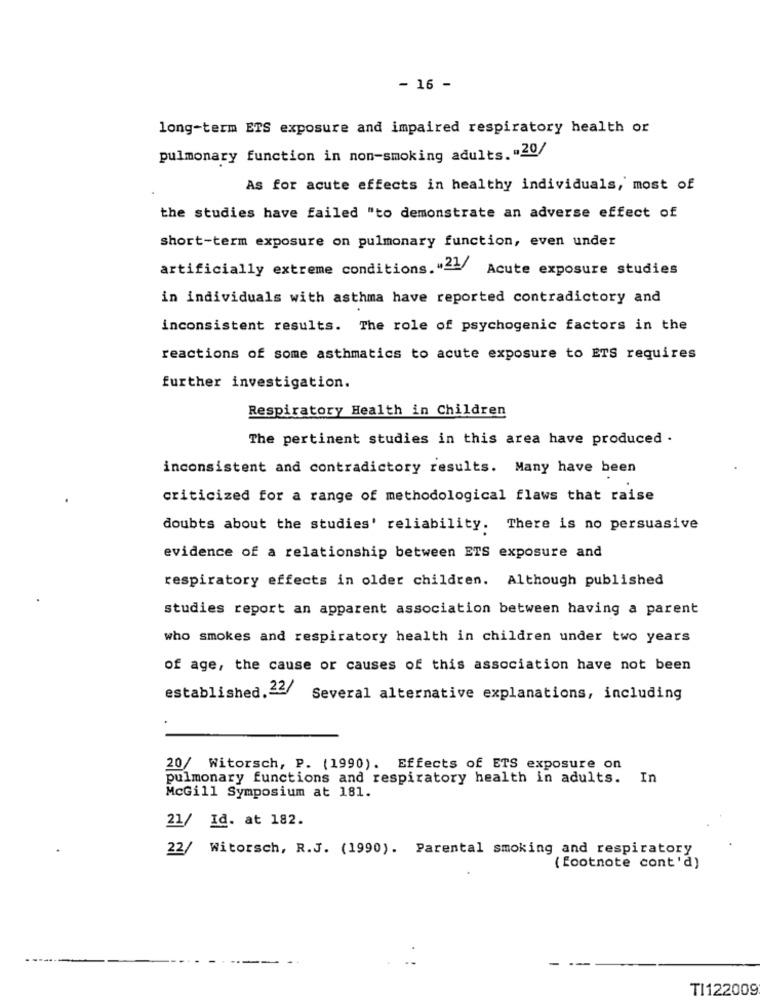
- 16 -
long-term ETS exposure and impaired respiratory health or
pulmonary function in non-smoking adults. "20/
As for acute effects in healthy individuals, most of
the studies have failed "to demonstrate an adverse effect of
short-term exposure on pulmonary function, even under
artificially extreme conditions. "21/
Acute exposure studies
in individuals with asthma have reported contradictory and
inconsistent results. The role of psychogenic factors in the
reactions of some asthmatics to acute exposure to ETS requires
further investigation.
Respiratory Health in Children
The pertinent studies in this area have produced .
inconsistent and contradictory results. Many have been
criticized for a range of methodological flaws that raise
doubts about the studies' reliability. There is no persuasive
evidence of a relationship between ETS exposure and
respiratory effects in older children. Although published
studies report an apparent association between having a parent
who smokes and respiratory health in children under two years
of age, the cause or causes of this association have not been
established. 22/
Several alternative explanations, including
20/ Witorsch, P. (1990). Effects of ETS exposure on
pulmonary functions and respiratory health in adults.
In
McGill Symposium at 181.
21/ Id. at 182.
22/ Witorsch, R.J. (1990). Parental smoking and respiratory
( footnote cont'd)
TI122009